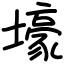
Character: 壕